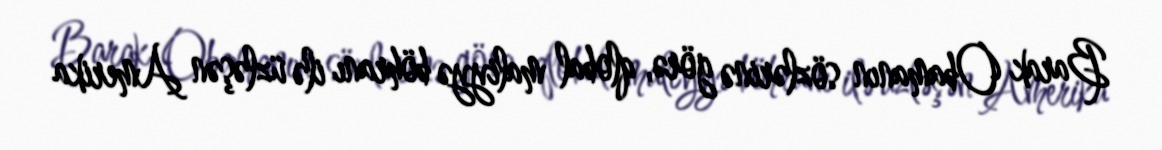
Barak Obamanın sözlərinə görə, qlobal maliyyə böhranı ilə üzləşən Amerika